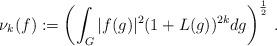
LaTeX: \begin{align*}\nu_k (f):= \left( \int_G |f (g)|^2 (1+L(g))^{2k} dg \right)^{\frac{1}{2}}\,. \end{align*}